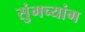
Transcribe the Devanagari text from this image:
सुंगच्यांग